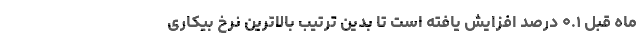
ماه قبل ۰.۱ درصد افزایش یافته است تا بدین ترتیب بالاترین نرخ بیکاری